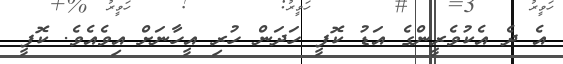
އެ ދެ އެކުވެރީންގެ އަޑު ކޮފީ ހަދަން ހުރި އީހާނަށް އިވެއެވެ. ކޮފީ